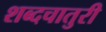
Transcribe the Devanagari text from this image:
शब्दचातुरी